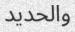
والحديد